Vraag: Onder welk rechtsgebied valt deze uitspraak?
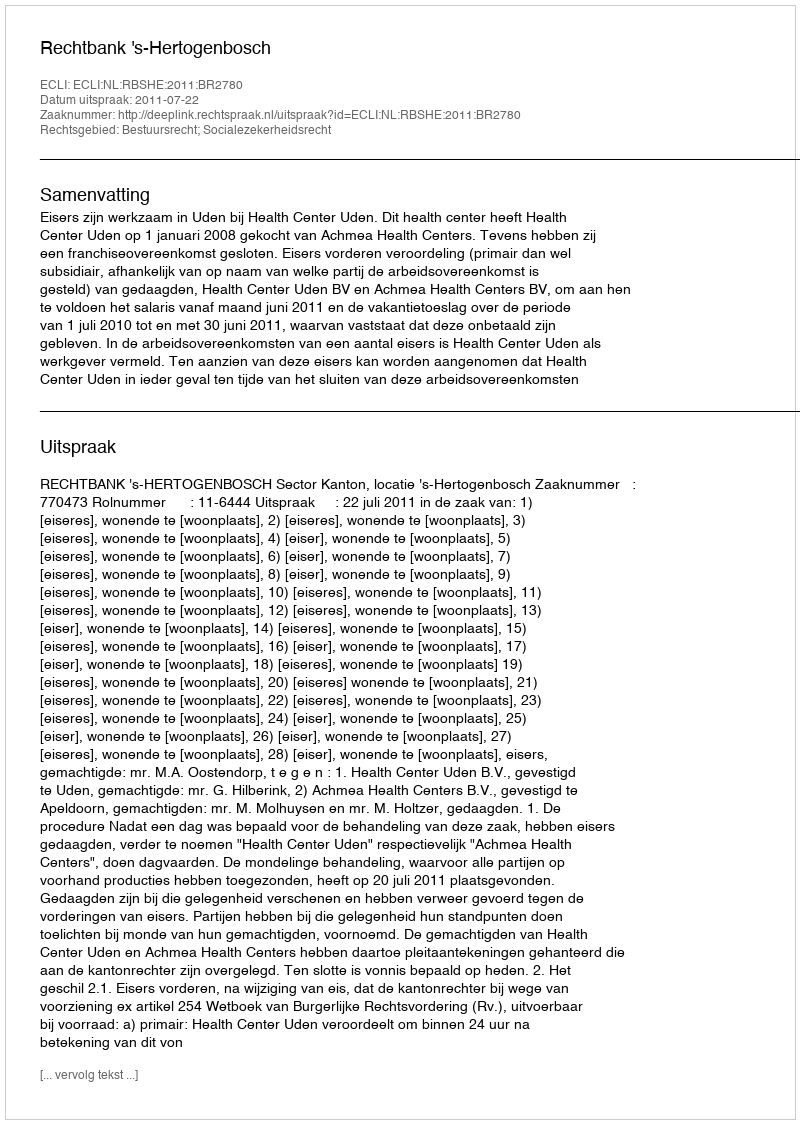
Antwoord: Bestuursrecht; Socialezekerheidsrecht